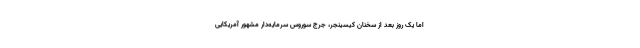
اما یک روز بعد از سخنان کیسینجر، جرج سوروس سرمایه‌دار مشهور آمریکایی